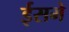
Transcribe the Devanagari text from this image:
ईसमे